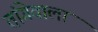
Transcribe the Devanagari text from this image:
तांगेवाला